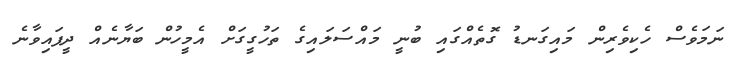
ނަމަވެސް ހެކިވެރިން މައިގަނޑު ގޮތެއްގައި ބުނީ މައްސަލައިގެ ތަހުގީގަށް އެމީހުން ބަޔާނެއް ދީފައިވާނެ